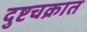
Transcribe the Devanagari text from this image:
दुष्टचक्रात